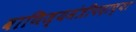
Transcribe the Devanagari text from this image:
वाणिज्यमंत्रीपदाच्या